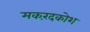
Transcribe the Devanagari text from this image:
मकरंदकोश